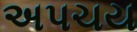
અપચય